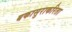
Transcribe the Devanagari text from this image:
बकासुराकरिता